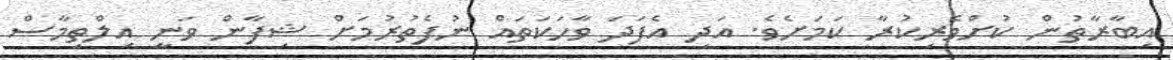
އިބާރާތުން ކުށްވެރިކުރާ ކަމަށެވެ. އަދި އެފަދަ ވާހަކަތައް ނުފެތުރުމަށް ޝިފާން ވަނީ އިލްތިމާސް